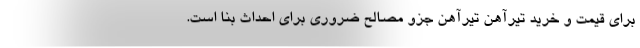
برای قیمت و خرید تیرآهن تیرآهن جزو مصالح ضروری برای احداث بنا است.